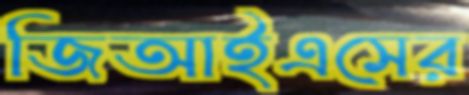
জিআইএসের